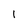
Character: 1